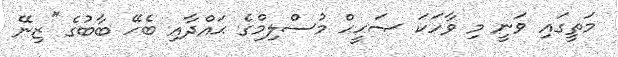
މަތީގައި ވަނީ މި ވާހަކަ ޞަޙީޙް މުސްލިމްގެ ޙައްދާއި ބެހޭ ބާބުގެ ''ޒިނޭ